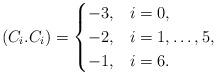
LaTeX: \begin{align*} (C_i.C_i) = \begin{cases} -3, & i=0,\\ -2, & i=1,\ldots,5,\\ -1, & i=6. \end{cases} \end{align*}